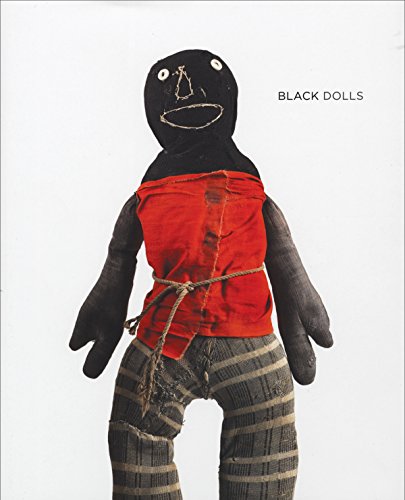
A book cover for Black Dolls: Unique African American Dolls, 1850-1930 From the Collection of Deborah Neff; Margo Jefferson; Crafts, Hobbies & Home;